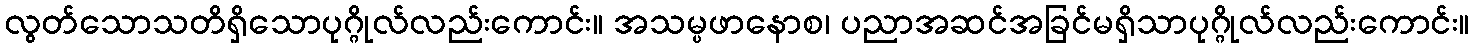
လွတ်သောသတိရှိသောပုဂ္ဂိုလ်လည်းကောင်း။ အသမ္ပဖာနောစ၊ ပညာအဆင်အခြင်မရှိသာပုဂ္ဂိုလ်လည်းကောင်း။